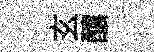
玄釀